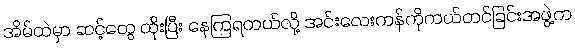
အိမ်ထဲမှာ ဆင့်တွေ ထိုးပြီး နေကြရတယ်လို့ အင်းလေးကန်ကိုကယ်တင်ခြင်းအဖွဲ့က